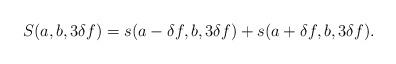
LaTeX: \begin{align*}S(a,b,3\delta f)=s(a-\delta f,b,3\delta f)+s(a+\delta f,b,3\delta f).\end{align*}